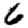
Digit: 6